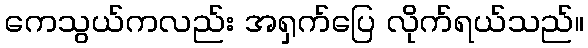
ကေသွယ်ကလည်း အရှက်ပြေ လိုက်ရယ်သည်။